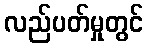
လည်ပတ်မှုတွင်